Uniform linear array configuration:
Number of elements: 48
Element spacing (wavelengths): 0.5
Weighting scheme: hamming
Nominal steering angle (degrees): -15
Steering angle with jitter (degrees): -14.074
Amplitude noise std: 0.05
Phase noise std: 0.05

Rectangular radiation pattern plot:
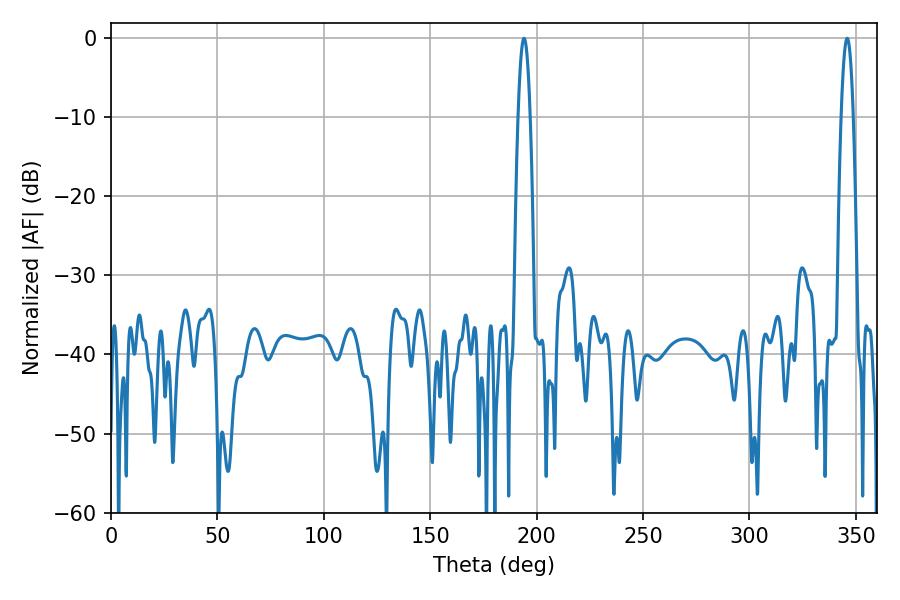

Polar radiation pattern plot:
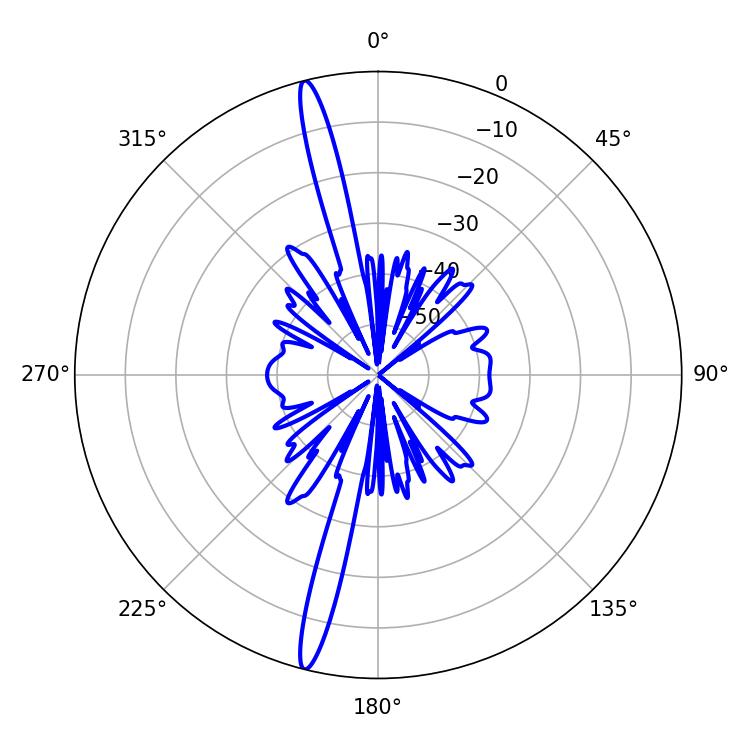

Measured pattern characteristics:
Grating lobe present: FALSE
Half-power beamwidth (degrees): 3.06
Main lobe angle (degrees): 194.04